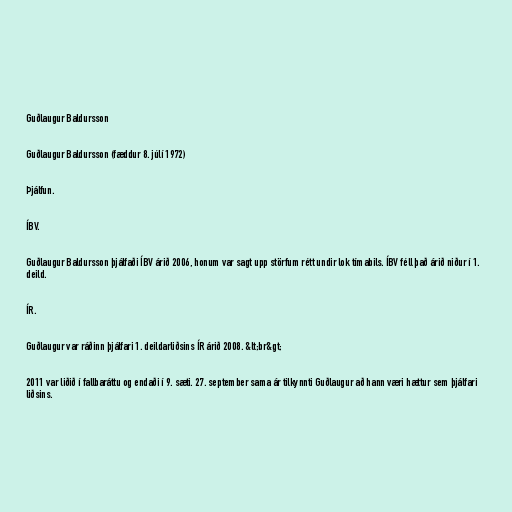
Guðlaugur Baldursson

Guðlaugur Baldursson (fæddur 8. júlí 1972)

Þjálfun.

ÍBV.

Guðlaugur Baldursson þjálfaði ÍBV árið 2006, honum var sagt upp störfum rétt undir lok tímabils. ÍBV féll það árið niður í 1.
deild.

ÍR.

Guðlaugur var ráðinn þjálfari 1. deildarliðsins ÍR árið 2008. &lt;br&gt;

2011 var liðið í fallbaráttu og endaði í 9. sæti. 27. september sama ár tilkynnti Guðlaugur að hann væri hættur sem þjálfari
liðsins.